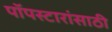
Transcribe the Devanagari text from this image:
पॉपस्टारांसाठी